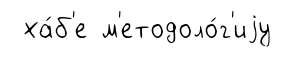
ха́б'е м'етодоло́г'иjу